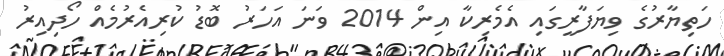
ހަތިޔާރުގެ ވިޔަފާރީގައި އެމެރިކާ އިން 2014 ވަނަ އަހަރު ބޮޑު ކުރިއެރުމެއް ހޯދިއިރު